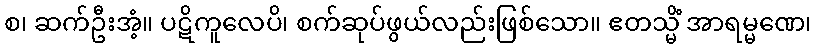
စ၊ ဆက်ဦးအံ့။ ပဋိကူလေပိ၊ စက်ဆုပ်ဖွယ်လည်းဖြစ်သော။ ဧတသ္မိံ အာရမ္မဏေ၊